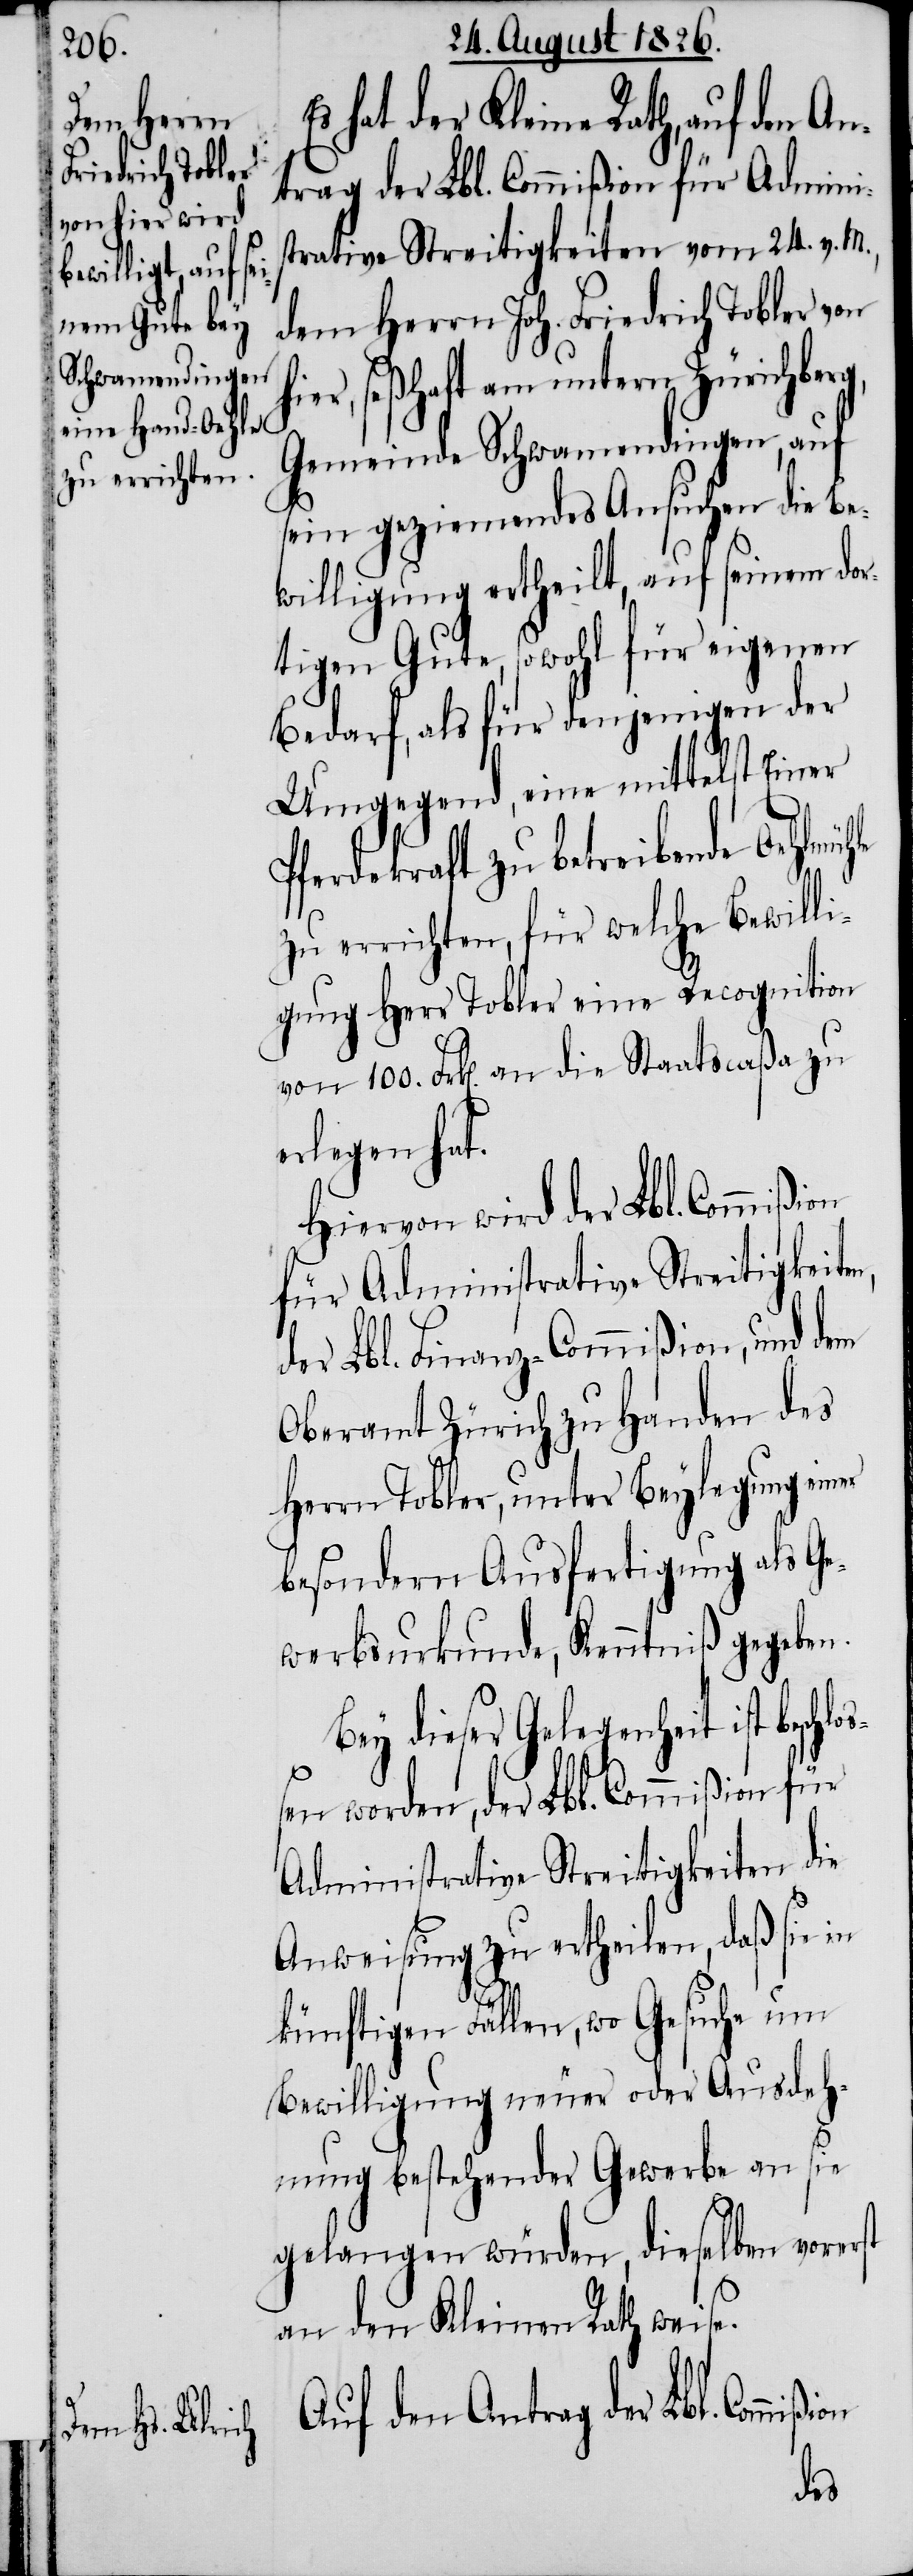
eschlo¬

Es hat der Kleine Rath, auf den
trag der Lbl. Commißion für Admini¬
strative Streitigkeiten vom 24. v. M.,
dem Herrn Joh. Friedrich Tobler von
hier, seßhaft am untern Zürichberg,
Gemeinde Schwamendingen, auf
sein geziemendes Ansuchen die Be¬
willigung ertheilt, auf seinem dor¬
tigen Gute, sowohl für eigenen
Bedarf, als für denjenigen der
Umgegend, eine mittelst Einer
Pferdekraft zu betreibende Oehlmüh¬
zu errichten, für welche Bewilli¬
gung Herr Tobler eine Recognition
von 100. Frk[en]. an die Staatscaßa zu
erlegen hat.
Hiervon wird der Lbl. Commi¬
für Administrative Streitigkeit¬
der Lbl. Finanz-Commißion, und dem
Oberamt Zürich zu Handen des
Herrn Tobler unter Beylegung einer
besondern Ausfertigung als Ge¬
werbsurkunde, Kenntniß gegeben.
Bey dieser Gelegenheit ist b¬
ßen worden, der Lbl. Commißion für
Administrative Streitigkeiten die
Anweisung zu ertheilen, daß sie in
künftigen Fällen, wo Gesuche um
Bewilligung neuer oder Ausdeh¬
nung bestehender Gewerbe an sie
gelangen würden, dieselben vorerst
an den Kleinen Rath weise.
Auf den Antrag der Lbl. Commi¬
ßion